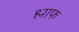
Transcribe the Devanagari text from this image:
श्लाफ